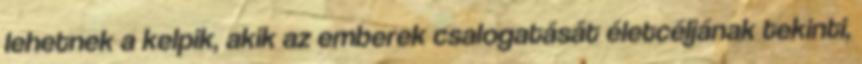
lehetnek a kelpik, akik az emberek csalogatását életcéljának tekinti,